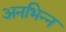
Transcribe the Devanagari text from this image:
अनभिन्न